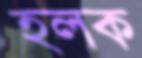
হলক